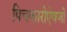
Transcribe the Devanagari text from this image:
पिचकारीऐवजी